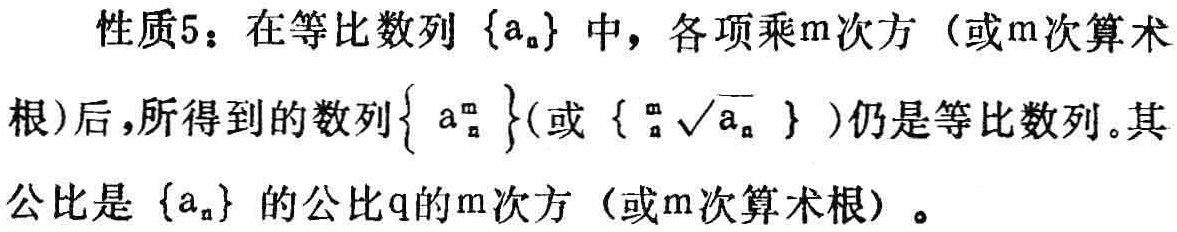
性质5：在等比数列\(\{a_{n}\}\)中，各项乘\(m\)次方（或\(m\)次算术根）后，所得到的数列\(\{a_{n}^{m}\}\)(或\(\{\sqrt[m]{a_{n}}\}\) )仍是等比数列。其公比是\(\{a_{n}\}\)的公比\(q\)的\(m\)次方（或\(m\)次算术根）。